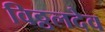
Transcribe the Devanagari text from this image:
विठ्ठलदेव